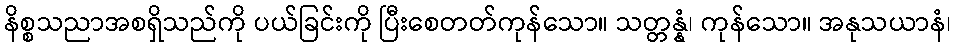
နိစ္စသညာအစရှိသည်ကို ပယ်ခြင်းကို ပြီးစေတတ်ကုန်သော။ သတ္တန္နံ၊ ကုန်သော။ အနုသယာနံ၊